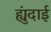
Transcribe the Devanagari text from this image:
ह्युंदाई